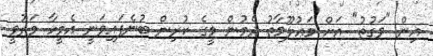
އިން "ވަގުތު" އަށް މަޢުލޫމާތު ދެމުން މީގެ ކުރިން ބުނެފައިވަނީ އެމީހާ މަރުވީ